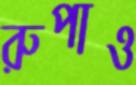
রুপাও